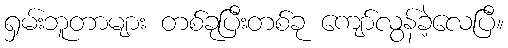
ရှမ်းဘူတာများ တစ်ခုပြီးတစ်ခု ကျော်လွန်ခဲ့လေပြီ။